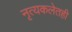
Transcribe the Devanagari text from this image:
नृत्यकलेतही